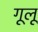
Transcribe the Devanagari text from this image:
गूलू